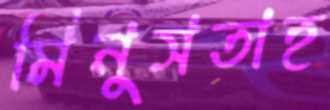
মিনুসতাহ